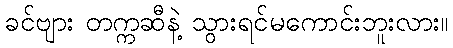
ခင်ဗျား တက္ကဆီနဲ့ သွားရင်မကောင်းဘူးလား။